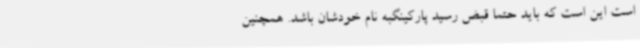
است این است که باید حتما قبض رسید پارکینگبه نام خودشان باشد. همچنین